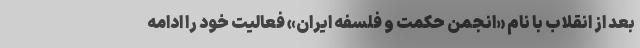
بعد از انقلاب با نام «انجمن حکمت و فلسفه ایران» فعالیت خود را ادامه